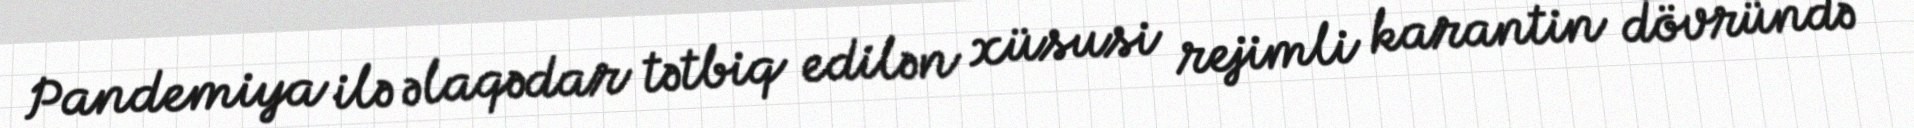
Pandemiya ilə əlaqədar tətbiq edilən xüsusi rejimli karantin dövründə